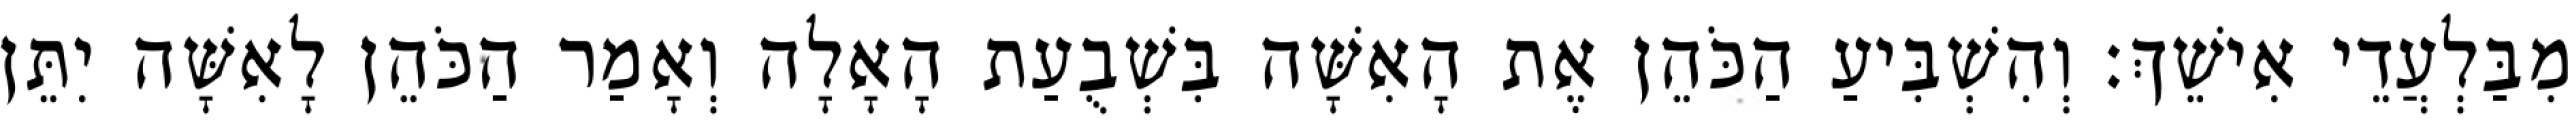
מִבַּלְעֲדֵי אִישֵׁךְ׃ וְהִשְׁבִּיעַ הַכֹּהֵן אֶת הָאִשָּׁה בִּשְׁבֻעַת הָאָלָה וְאָמַר הַכֹּהֵן לָאִשָּׁה יִתֵּן